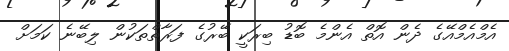
އެމްއެމްއޭގެ ދެން އޮތް އެންމެ ބޮޑު ބިރަކީ ބޭރުގެ ފަރާތްތަކުން ލިބޭނެ ކަމަށް